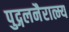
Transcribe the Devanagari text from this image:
पुद्गलनैरात्म्य